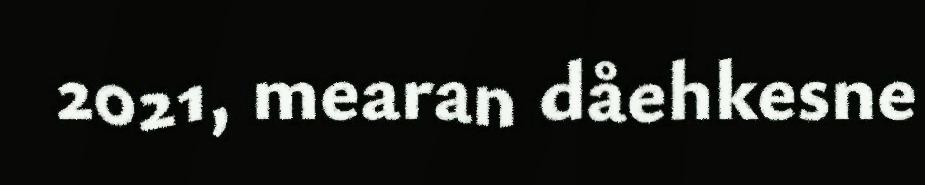
2021, mearan dåehkesne